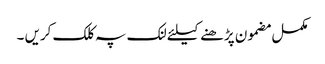
مکمل مضمون پڑھنے کیلئے لنک پہ کلک کریں ۔